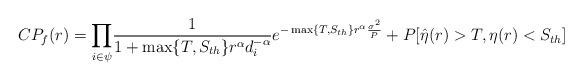
LaTeX: \begin{align*}CP_f(r)=\underset{i \in \psi}\prod\frac{1}{1+\max\{T, S_{th}\}r^\alpha d_i^{-\alpha}}e^{-\max\{T, S_{th}\} r^{\alpha}\frac{\sigma^2}{P}}+P[\hat{\eta}(r)>T,\eta(r)<S_{th}]\end{align*}